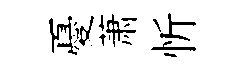
憂萧忻